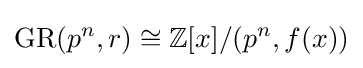
\operatorname {GR} (p^{n},r)\cong \mathbb {Z} [x]/(p^{n},f(x))